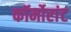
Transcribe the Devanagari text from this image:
कॉर्मोरांट